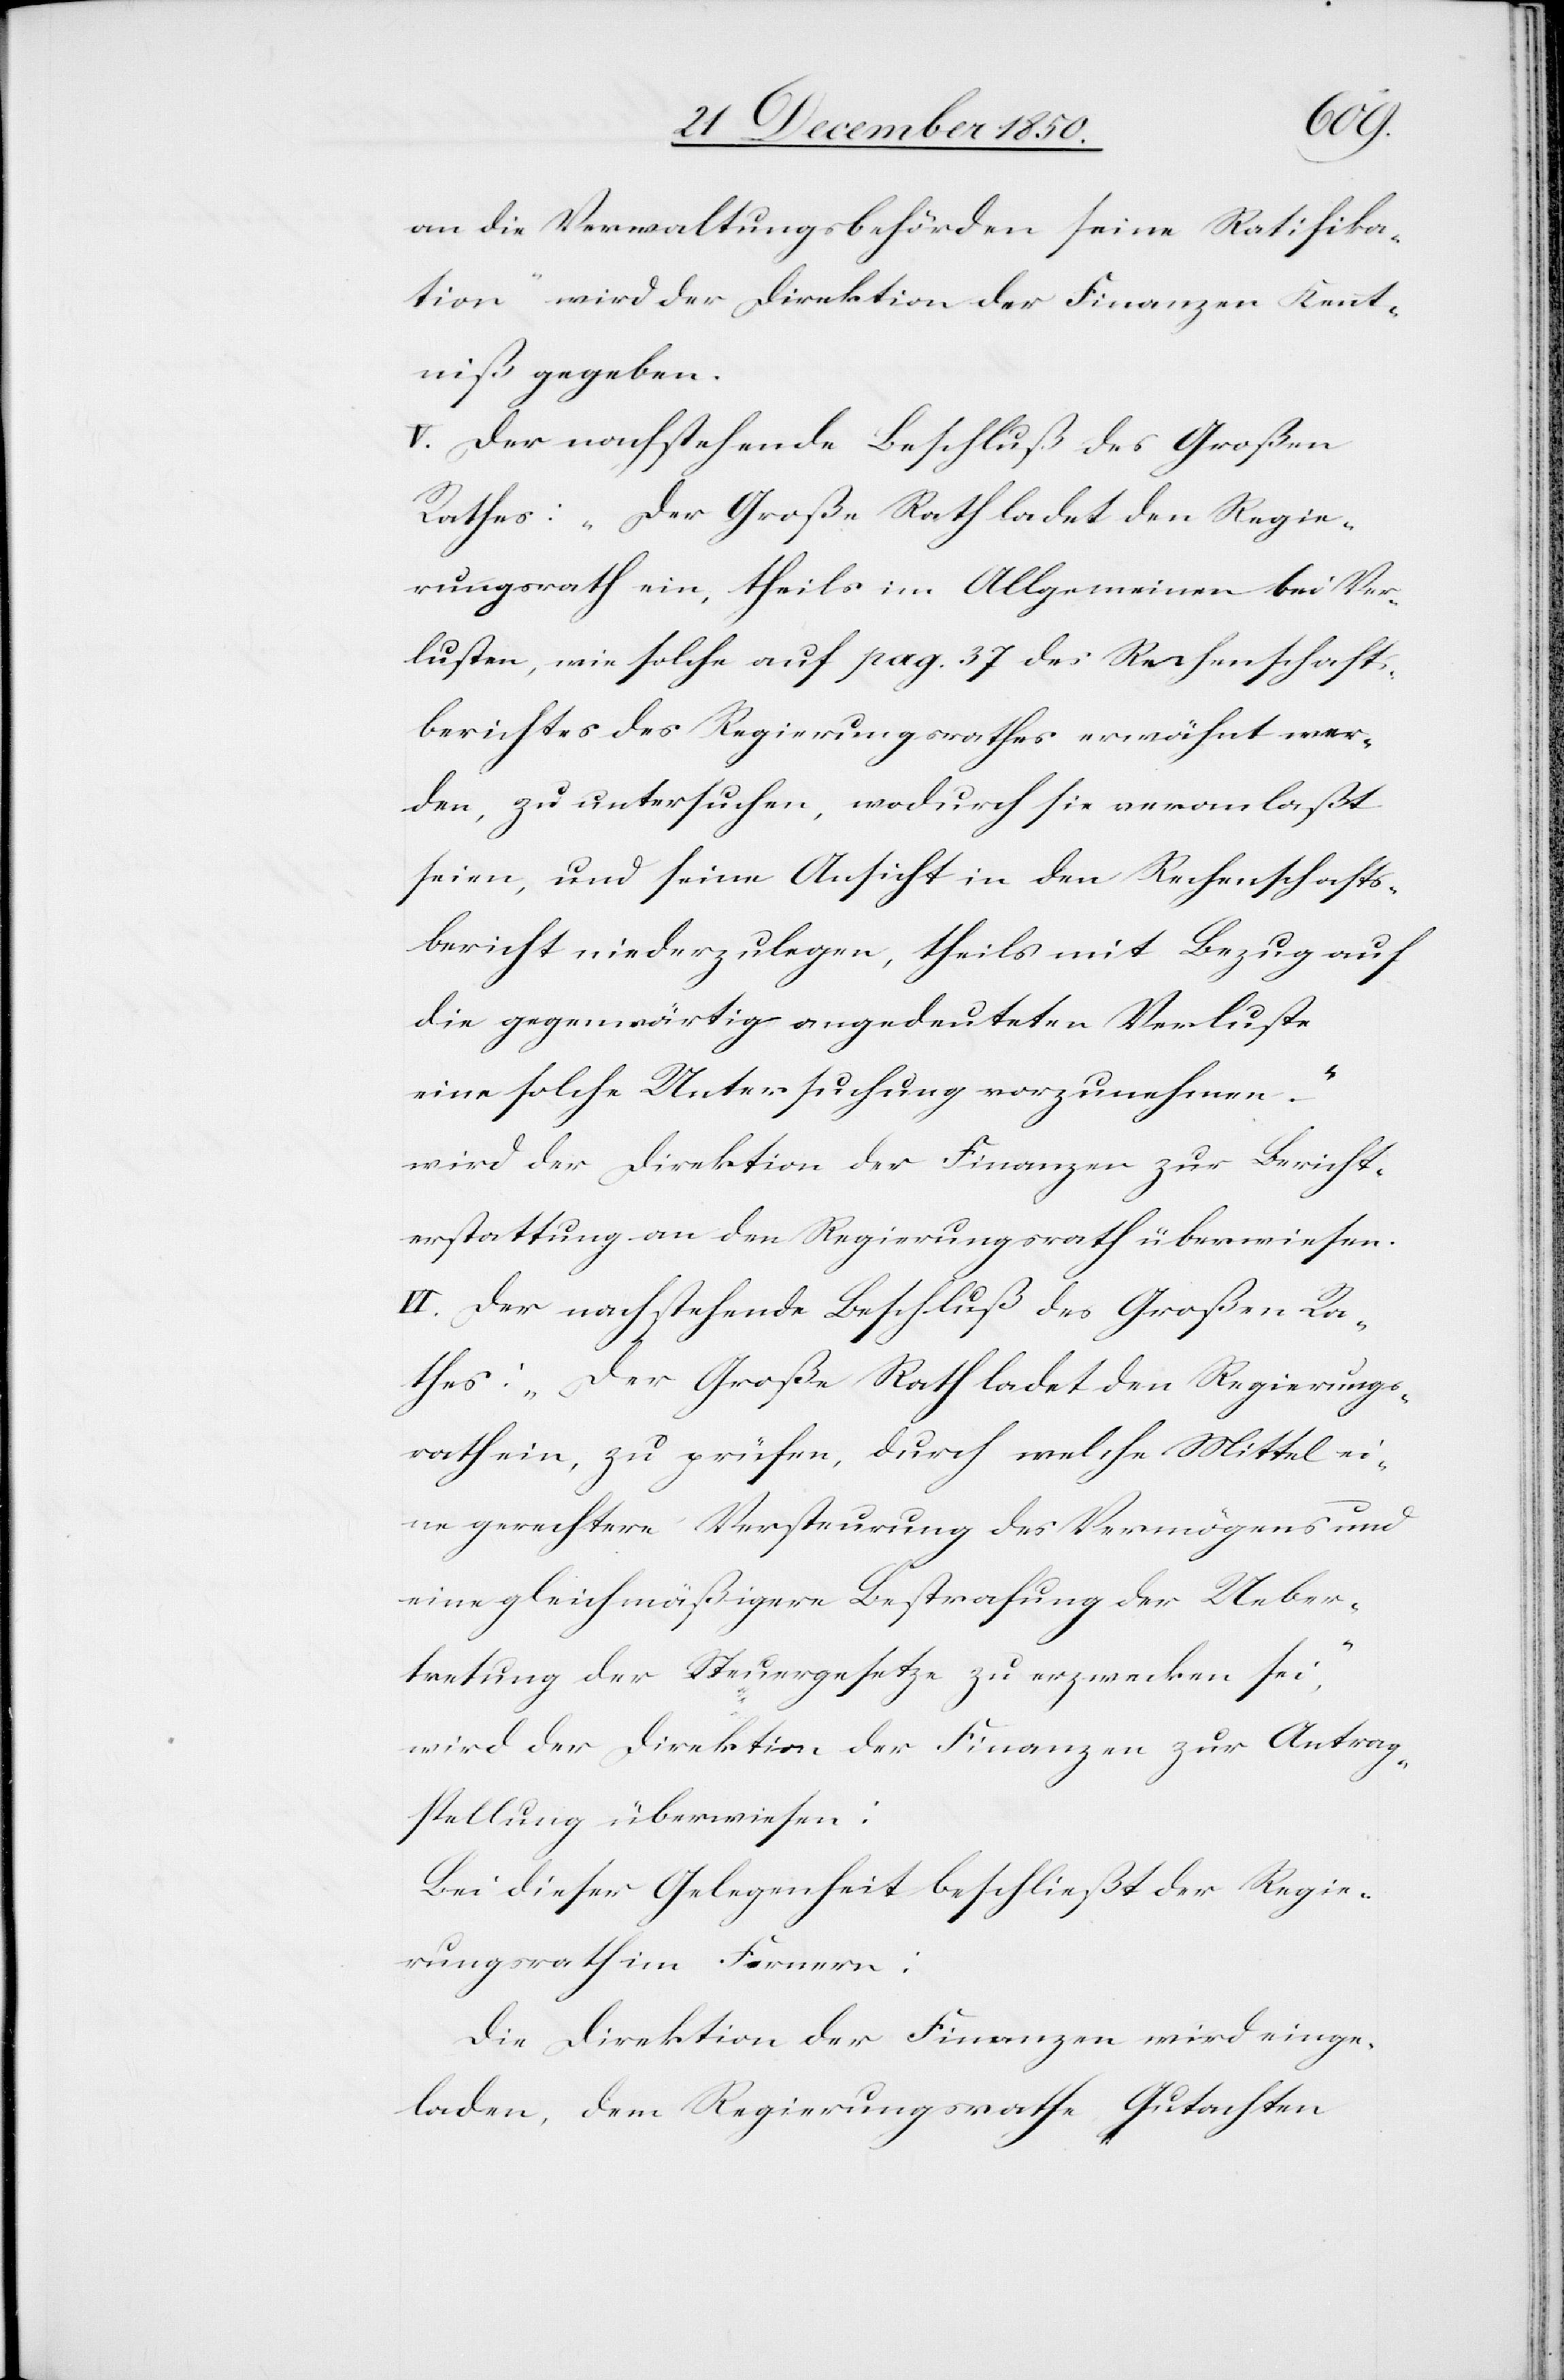
an die Verwaltungsbehörden seine Ratifika¬
tion“ wird der Direktion der Finanzen Kennt¬
niß gegeben.
V. Der nachstehende Beschluß des Großen
Rathes: „Der Große Rath ladet den Regie¬
rungsrath ein, theils im Allgemeinen bei Ver¬
lusten, wie solche auf pag. 37 des Rechenschafts¬
berichtes des Regierungsrathes erwähnt wer¬
den, zu untersuchen, wodurch sie veranlaßt
seien, und seine Ansicht in den Rechenschafts¬
bericht niederzulegen, theils mit Bezug auf
die gegenwärtig angedeuteten Verluste
eine solche Untersuchung vorzunehmen.“
wird der Direktion der Finanzen zur Bericht¬
erstattung an den Regierungsrath überwiesen.
VI. Der nachstehende Beschluß des Großen Ra¬
thes: „Der Große Rath ladet den Regierungs¬
rath ein, zu prüfen, durch welche Mittel ei¬
ne gerechtere Versteurung des Vermögens und
eine gleichmäßigere Bestrafung der Ueber¬
tretung der Steuergesetze zu erzwecken sei“,
wird der Direktion der Finanzen zur Antrag¬
stellung überweisen:
Bei dieser Gelegenheit beschließt der Regie¬
rungsrath im Fernern:
Die Direktion der Finanzen wird einge¬
laden, dem Regierungsrathe Gutachten